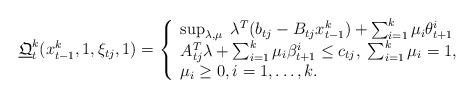
LaTeX: \begin{align*}{\underline{\mathfrak{Q}}}_t^k ( x_{t-1}^k, 1 , \xi_{t j} , 1 ) = \left\{ \begin{array}{l}\sup_{\lambda , \mu } \;\lambda^T ( b_{t j} - B_{t j} x_{t-1}^k ) + \sum_{i=1}^k \mu_i \theta_{t+1}^i \\ A_{t j}^T \lambda + \sum_{i=1}^k \mu_i \beta_{t+1}^i \leq c_{t j}, \;\sum_{i=1}^k \mu_i =1, \\\mu_i \geq 0, i=1,\ldots,k.\end{array}\right.\end{align*}